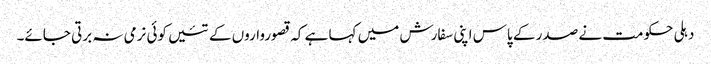
دہلی حکومت نے صدر کے پاس اپنی سفارش میں کہا ہے کہ قصورواروں کے تئیں کوئی نرمی نہ برتی جائے۔